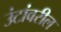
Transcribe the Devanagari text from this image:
उंटांवरील